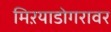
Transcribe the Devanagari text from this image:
मिऱयाडोगरावर